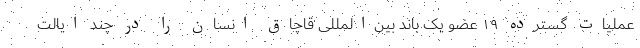
عملیات گسترده ۱۹ عضو یک باند بین‌المللی قاچاق انسان را در چند ایالت